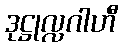
ဒုဋ္ဌုလ္လဂါဟီ